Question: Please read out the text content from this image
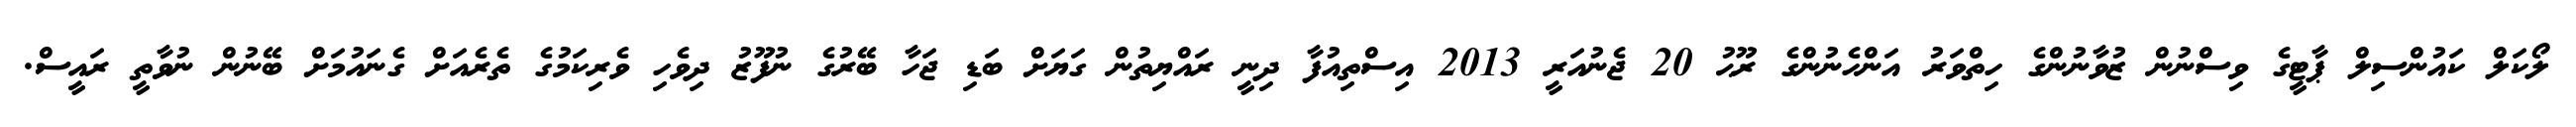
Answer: ލޯކަލް ކައުންސިލް ޕާޓީގެ ވިސްނުން ޒުވާނުންގެ ހިތްވަރު އަންހެނުންގެ ރޫޙު 20 ޖެނުއަރީ 2013 އިސްތިއުފާ ދިނީ ރައްޔިތުން ގަޔަށް ބަޑި ޖަހާ ބޭރުގެ ނުފޫޒު ދިވެހި ވެރިކަމުގެ ތެރެއަށް ގެނައުމަށް ބޭނުން ނުވާތީ ރައީސް.